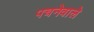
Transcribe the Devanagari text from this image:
पचनेवाले